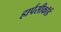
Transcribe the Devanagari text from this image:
हार्पसीकॉर्ड